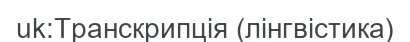
uk:Транскрипція (лінгвістика)